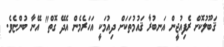
ޤަބޫލުކޮށް ރެފިއުޖީން އަނބުރާ ޤައުމުތަކަށް ދިއުމަކީ އަހަރެމެން އެދޭ ގޮތް" އޭނާ ބުންޏެވެ.